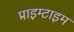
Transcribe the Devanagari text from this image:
प्राइम्टाइम